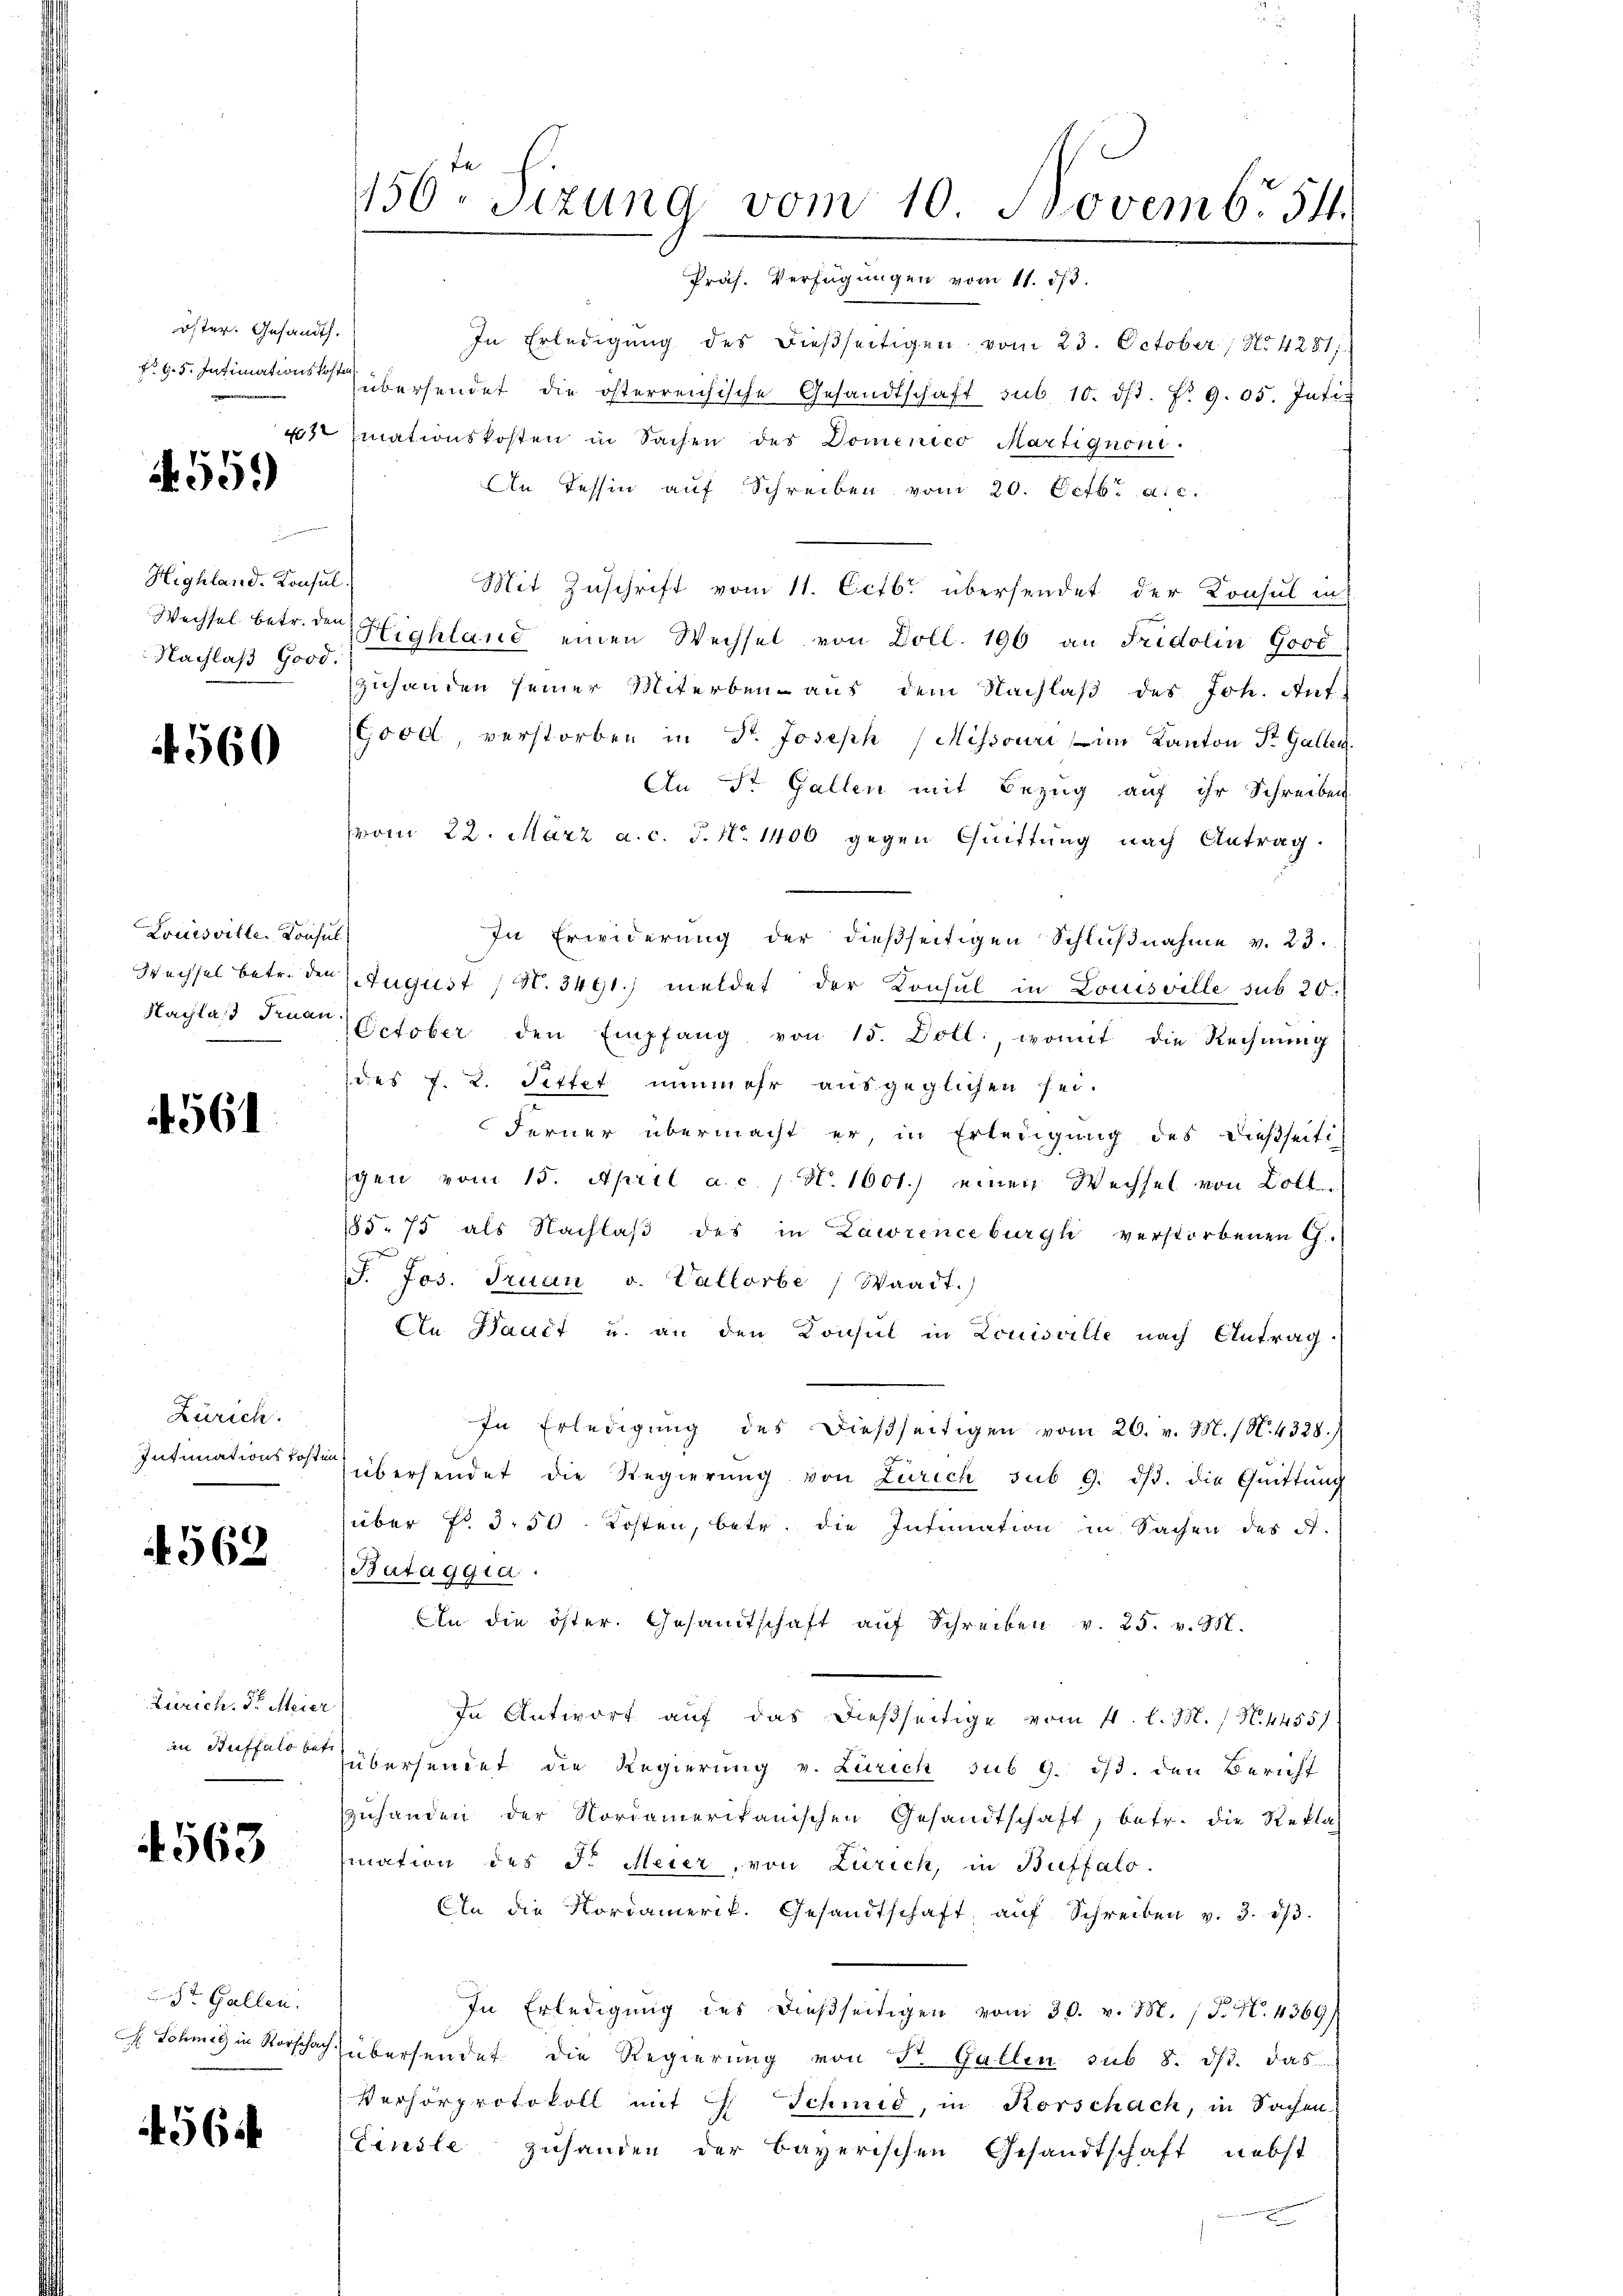
öster. Gesandt.

559)

Highland-Consul
Nachlaß Good.

560

Louisville. Konsul

4561

Zürich.
Intimationskosten.

4562

Zürich. Dr Meier

4563

St. Gallen.

4564

In Erledigŭng des dießseitigen vom 23. October, No. 4281;
 95. Intimationsrer übersendet die österreichische Gesandtschaft sub. 10. dβ. Nr. 905. Inti
42. Einationskosten in Sachen des Domenico Martignon.
An Tessin auf Schreiben vom 20. Octbr. a. c.
Mit Zuschrift vom 11. Octbr übersendet der Konsul in
Wechsel betr. den Highland einen Wechsel von Doll. 196 an Fridolin Good
zuhanden seiner Miterben aus dem Nachlaβ des Joh. Auf
Good, verstorben in Fr. Joseph (Mihsouri, im Kanton St. Gallen
An St. Gallen mit Bezug auf ihr Schreiben
vom 22. März a. c. 5. No. 1406 gegen Quittung nach Antrag.
In Erwiderung der dießseitigen Schlußnahme v. 23.
Wechsel betr. der August (N. 3491) meldet der Konsul in Louisville sub 20.
Nachlaß die October den Empfang von 15. Doll, womit die Rechnŭng
des J. R. Pittet nunmehr ausgeglichen sei.
Ferner übermacht er, in Erledigung des dießseiti
gen vom 15. April a. c. 1. No. 1001.) einen Wechsel von Zoll¬
185. 75 als Nachlaβ des in Zawrence burgli verstorbenen G.
J. Jos. Truan v. Vallorbe (Waadt.)
An Bault u. an den Konsul in Louisville nach Antrag.
In Erledigung des dießseitigen vom 26. v. M. (N. 4328.
übersendet die Regierŭng von Zürich sub 9. dβ. die Quittung
über No. 3. 50. Kosten, betr. die Intimation in Sachen des A.
Bátaggia.
An die öster. Gesamtschaft aŭf Schreiben v. 25. v. M.
In Antwort auf das dießseitige vom 11. l. M. / N. 44557
in Auffalle übersendet die Regierung v. Zürich sub 9. ds. den Bericht
zŭhanden der Nordamerikanischen Gesandtschaft, betr. die Rekla
mation des J. Meier, von Zürich, in Buffalo.
An die Nordamerik. Gesandtschaft, aŭf Schreiben v. 3. 23.
In Erledigung des dießseitigen vom 30. v. M. (T. N. 4369)
Ch. Schnig in Vorschach übersendet die Regierung von Sr. Gallen sub 8. ds. das
Verhörprotokoll mit 8 Schmid, in Korschach, in Sachen
Finsle Zuhanden der Bayerischen Gesandtschaft nebst
E

156ten Sizung vom 10. Novemb. 54.
Präf. Verfügungen vom 11. 513.